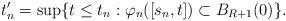
LaTeX: \begin{align*}t_n^\prime = \sup \{ t\leq t_n : \varphi_n([s_n,t]) \subset B_{R+1}(0) \}.\end{align*}